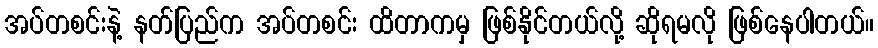
အပ်တစင်းနဲ့ နတ်ပြည်က အပ်တစင်း ထိတာကမှ ဖြစ်နိုင်တယ်လို့ ဆိုရမလို ဖြစ်နေပါတယ်။